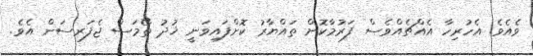
ވެއެވެ. އެހުރިހާ އެއްޗެއްވެސް ފަރުމާކޮށް ތައްޔާރު ކޮށްފައިވަނީ ޚުދު ތޯމަސް ޖެފަރސަން އެވެ.